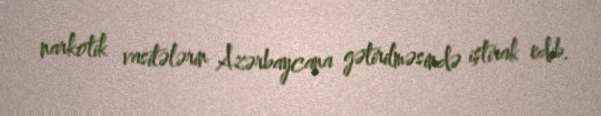
narkotik vasitələrin Azərbaycana gətirilməsində iştirak edib.